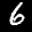
Label: 6